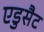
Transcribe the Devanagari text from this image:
एडुसैट